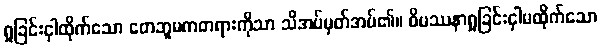
ရှုခြင်းငှါထိုက်သော တေဘူမကတရားကိုသာ သိအပ်မှတ်အပ်၏။ ဝိပဿနာရှုခြင်းငှါမထိုက်သော